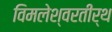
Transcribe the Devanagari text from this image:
विमलेश्वरतीर्थ